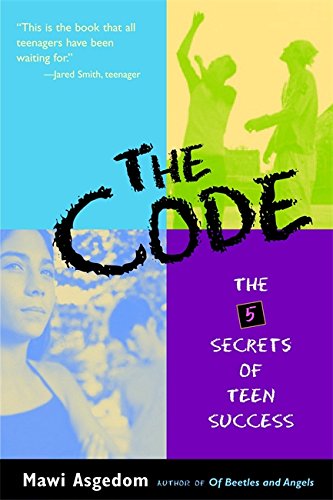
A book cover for The Code: The Five Secrets of Teen Success; Mawi Asgedom; Teen & Young Adult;